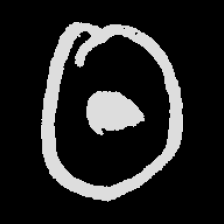
Pyu character \u2014 Myanmar letter: ထ (romanized: tha)